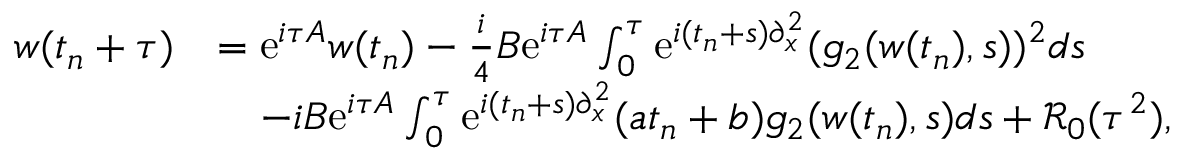
\begin{array} { r l } { w ( t _ { n } + \tau ) } & { = \mathrm { e } ^ { i \tau A } w ( t _ { n } ) - \frac { i } { 4 } B \mathrm { e } ^ { i \tau A } \int _ { 0 } ^ { \tau } \mathrm { e } ^ { i ( t _ { n } + s ) \partial _ { x } ^ { 2 } } ( g _ { 2 } ( w ( t _ { n } ) , s ) ) ^ { 2 } d s } \\ & { \quad - i B \mathrm { e } ^ { i \tau A } \int _ { 0 } ^ { \tau } \mathrm { e } ^ { i ( t _ { n } + s ) \partial _ { x } ^ { 2 } } ( a t _ { n } + b ) g _ { 2 } ( w ( t _ { n } ) , s ) d s + \mathcal { R } _ { 0 } ( \tau ^ { 2 } ) , } \end{array}